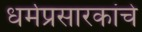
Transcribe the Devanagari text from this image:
धर्मप्रसारकांचे